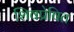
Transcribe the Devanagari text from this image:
शिवप्रेषित